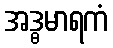
အဒ္ဓမာရကံ